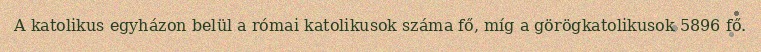
A katolikus egyházon belül a római katolikusok száma fő, míg a görögkatolikusok 5896 fő.